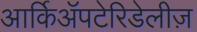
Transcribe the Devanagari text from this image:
आर्किॲपटेरिडेलीज़